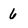
Character: 6